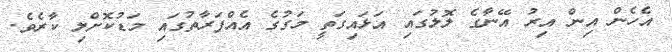
އެހެން އިން އިރު އޭނާގެ ލޮލުގައި އަޅައިގަތީ މަގުގެ އެއްފަރާތުގައި މަޑުކޮށްލި ކާރެވެ.